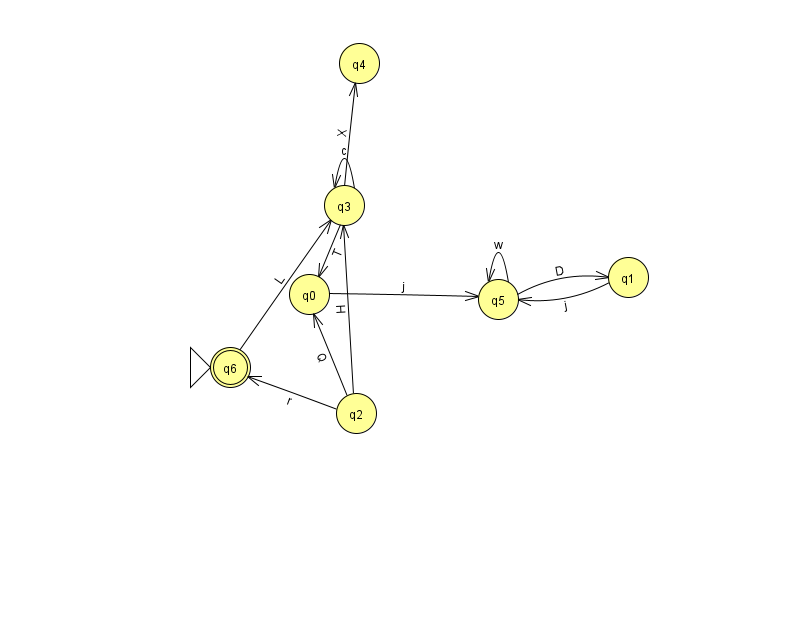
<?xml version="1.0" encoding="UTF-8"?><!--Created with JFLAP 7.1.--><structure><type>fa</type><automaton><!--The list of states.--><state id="0" name="q0"><x>309.0</x><y>281.0</y></state><state id="1" name="q1"><x>628.0</x><y>264.0</y></state><state id="2" name="q2"><x>356.0</x><y>400.0</y></state><state id="3" name="q3"><x>344.0</x><y>192.0</y></state><state id="4" name="q4"><x>359.0</x><y>50.0</y></state><state id="5" name="q5"><x>498.0</x><y>286.0</y></state><state id="6" name="q6"><x>230.0</x><y>354.0</y><initial/><final/></state><!--The list of transitions.--><transition><from>3</from><to>3</to><read>c</read></transition><transition><from>1</from><to>5</to><read>j</read></transition><transition><from>3</from><to>4</to><read>X</read></transition><transition><from>2</from><to>3</to><read>H</read></transition><transition><from>3</from><to>0</to><read>T</read></transition><transition><from>5</from><to>5</to><read>w</read></transition><transition><from>0</from><to>5</to><read>j</read></transition><transition><from>2</from><to>6</to><read>r</read></transition><transition><from>6</from><to>3</to><read>L</read></transition><transition><from>5</from><to>1</to><read>D</read></transition><transition><from>2</from><to>0</to><read>Q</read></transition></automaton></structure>